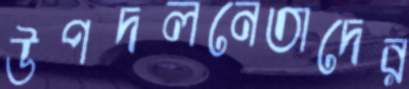
উপদলনেতাদের